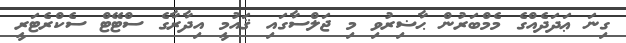
ގިނަ ޢަދަދެއްގެ މެމްބަރުން ޙާޟިރުވި މި ޖަލްސާގައި ޤައުމީ އިދާރާގެ ސްޓޭޓް ސެކްރެޓަރީ